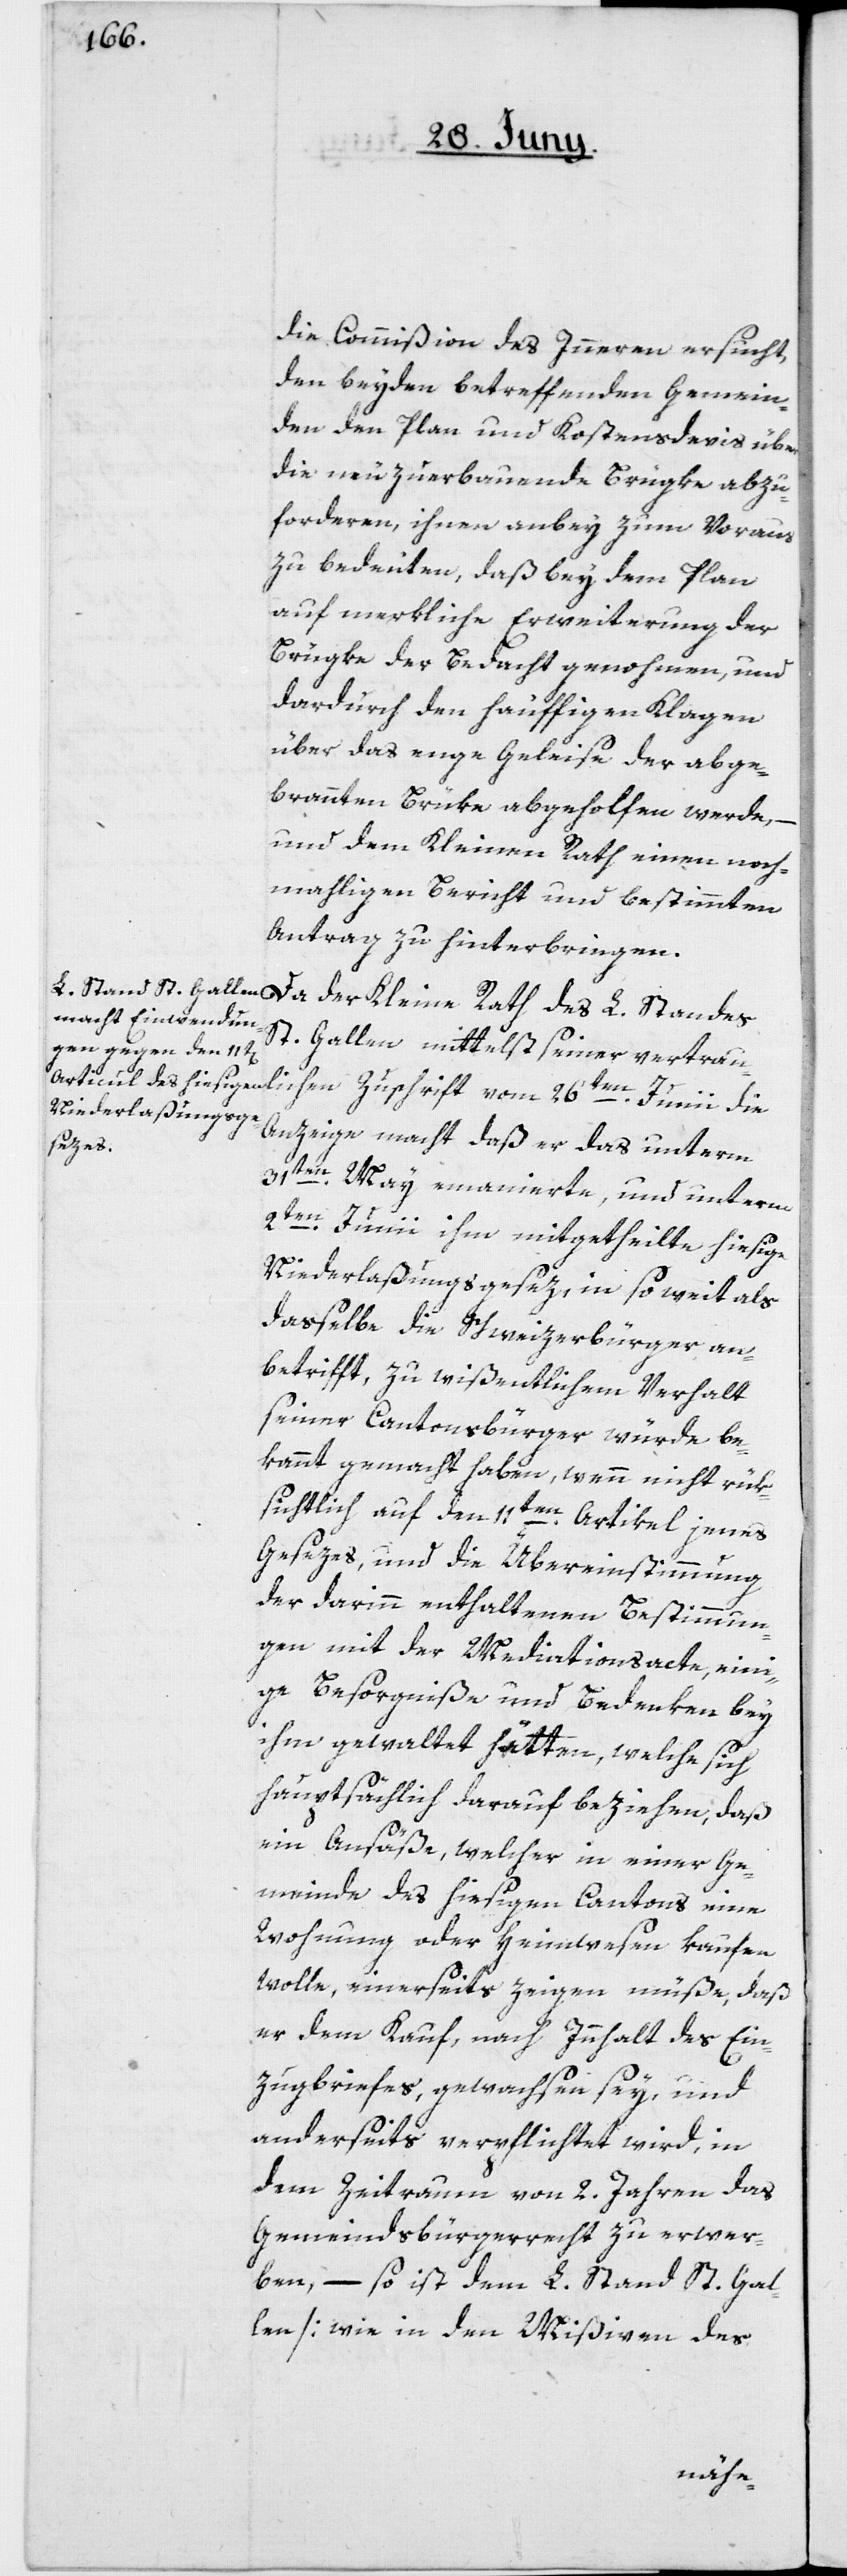
26ten Junii
die Commißion des Innern ersucht,
den beyden betreffenden Gemein¬
den den Plan und Kostensdevis über
die neuzuerbauende Brügke abzu¬
forderen, ihnen anbey zum Voraus
zu bedeuten, daß bey dem Plan
auf merkliche Erweiterung der
Brügke der Bedacht genohmen, und
dardurch den häuffigen Klagen
über das enge Geleise der abge¬
brannten Brüke abgeholfen werde, –
und dem Kleinen Rath einen noch¬
mahligen Bericht und bestimmten
Antrag zu hinterbringen.
St. Gallen mittelst seiner vertrau¬
Anzeige macht[,] daß er das unterm
31ten May emanierte, und unterm
2ten Junii ihm mitgetheilte hiesige
Niederlaßungsgesez, in so weit als
dasselbe die Schweizerbürger an¬
betrifft, zu wißentlichem Verhalt
seiner Cantonsbürger würde be¬
kannt gemacht haben, wenn nicht rük¬
sichtlich auf den 11ten Artikel jenes
Gesezes, und die Übereinstimmung
der darinn enthaltenen Bestimmun¬
gen mit der Mediationsacte, eini¬
ge Besorgniße und Bedenken bey
ihm gewaltet hätten, welche sich
hauptsächlich darauf beziehen, daß
ein Ansäße, welcher in einer Ge¬
meinde des hiesigen Cantons eine
Wohnung oder Heimwesen kaufen
wolle, einerseits zeigen müße, daß
er dem Kauf nach Innhalt des Ein¬
zugsbriefes, gewachsen sey, und
anderseits verpflichtet wird, in
dem Zeitraum von 2. Jahren das
Gemeindsbürgerrecht zu erwer¬
ben, – so ist dem L. Stand St. Gal¬
len [wie in den Mißiven des
lichen